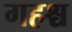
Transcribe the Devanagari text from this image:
गहश्च